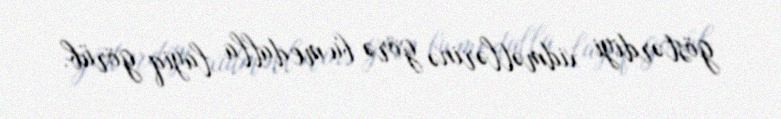
göstərdiyi xidmətlərinə görə bu medalla layiq görüb.